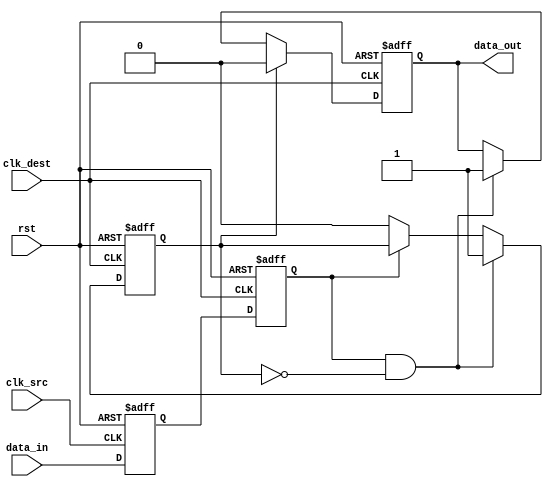
module PulsedSynchronizer (
    input wire clk_src,        // Source clock
    input wire clk_dest,       // Destination clock
    input wire data_in,        // Asynchronous input signal
    input wire rst,            // Asynchronous reset
    output reg data_out        // Pulsed output signal
);

    // Internal signals for synchronization
    reg sync_ff1;  // First flip-flop in the source clock domain
    reg sync_ff2;  // Second flip-flop in the destination clock domain
    reg pulse_gen; // Pulse generator signal

    // Asynchronous reset and synchronization in source clock domain
    always @(posedge clk_src or posedge rst) begin
        if (rst) begin
            sync_ff1 <= 1'b0;
        end else begin
            sync_ff1 <= data_in; // Sample data_in on clk_src
        end
    end

    // Synchronization in the destination clock domain
    always @(posedge clk_dest or posedge rst) begin
        if (rst) begin
            sync_ff2 <= 1'b0;
        end else begin
            sync_ff2 <= sync_ff1; // Sample sync_ff1 on clk_dest
        end
    end

    // Pulse generation logic
    always @(posedge clk_dest or posedge rst) begin
        if (rst) begin
            data_out <= 1'b0;
            pulse_gen <= 1'b0;
        end else begin
            // Generate pulse on rising edge of sync_ff2
            if (sync_ff2 && !pulse_gen) begin
                data_out <= 1'b1; // Generate pulse
                pulse_gen <= 1'b1; // Indicate that pulse is active
            end else if (!sync_ff2) begin
                pulse_gen <= 1'b0; // Reset pulse generator state
            end
            
            // Reset data_out after pulse generation
            if (pulse_gen) begin
                data_out <= 1'b0; // Ensure single pulse
            end
        end
    end

endmodule